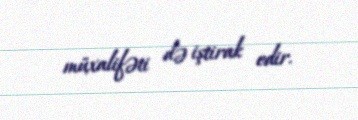
müxalifəti də iştirak edir.